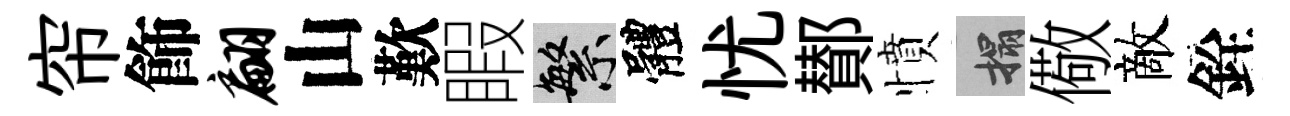
帘飾翩山歎睱繁體忧鄼憤搨儆敵銓